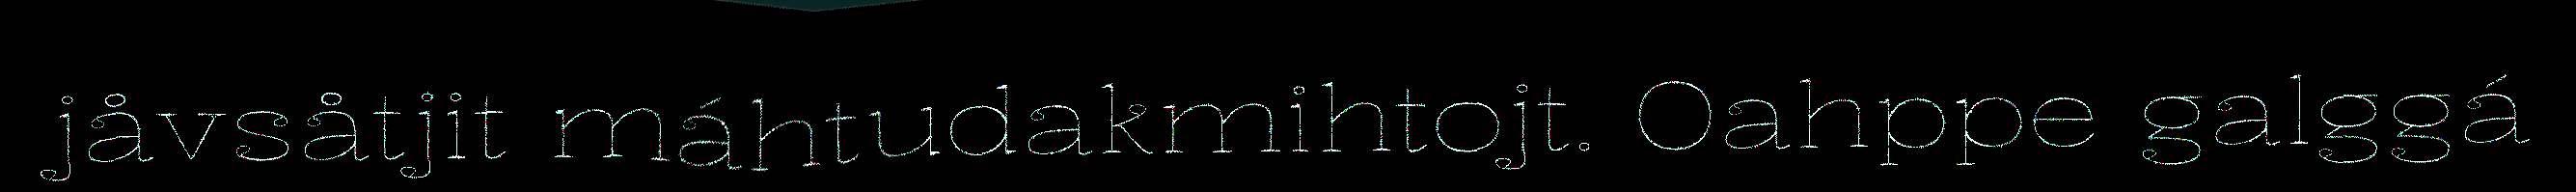
jåvsåtjit máhtudakmihtojt. Oahppe galggá